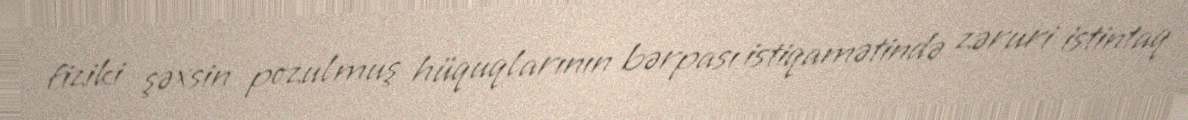
fiziki şəxsin pozulmuş hüquqlarının bərpası istiqamətində zəruri istintaq